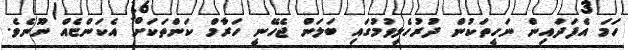
ހަމަ އެފަދައިން ނަހީތަކުން ދުރުހެލިވުމުގައި ބަލަން ޖެހޭނީ ހަރާމް ކަންތަކަށް އެކަންޏެއް ނޫނެވެ.